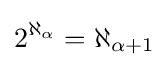
2^{\aleph _{\alpha }}=\aleph _{\alpha +1}